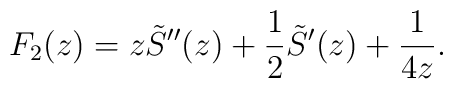
F_2(z) = z \tilde{S}^{\prime\prime}(z) + \frac12 \tilde{S}^{\prime}(z)+ \frac{1}{4z}.